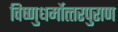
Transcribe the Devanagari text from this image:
विष्‍णुधर्मोत्‍तरपुराण